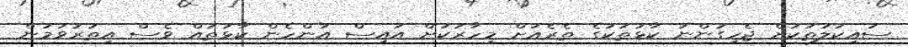
ސައިކަލުތަކަށް ޖެހިގަންނަ ކާޅުތަކުގެ ތެރެއަށް މިހާރަކަށް އައިސް އަންހެން ކާޅުތައް ވެސް އިތުރުވަމުން